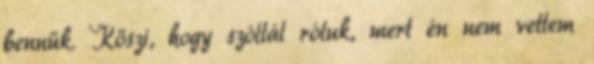
bennük. Köszi, hogy szóltál róluk, mert én nem vettem